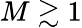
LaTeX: M\gtrsim 1